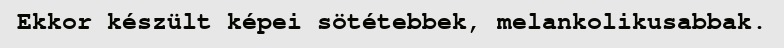
Ekkor készült képei sötétebbek, melankolikusabbak.